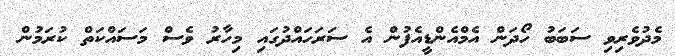
މެދުވެރިވި ސަބަބު ހޯދަން އެމްއެންޑީއެފުން އެ ސަރަހައްދުގައި މިހާރު ވެސް މަސައްކަތް ކުރަމުން